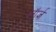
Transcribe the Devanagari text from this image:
जॅार्ज